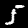
Label: 5